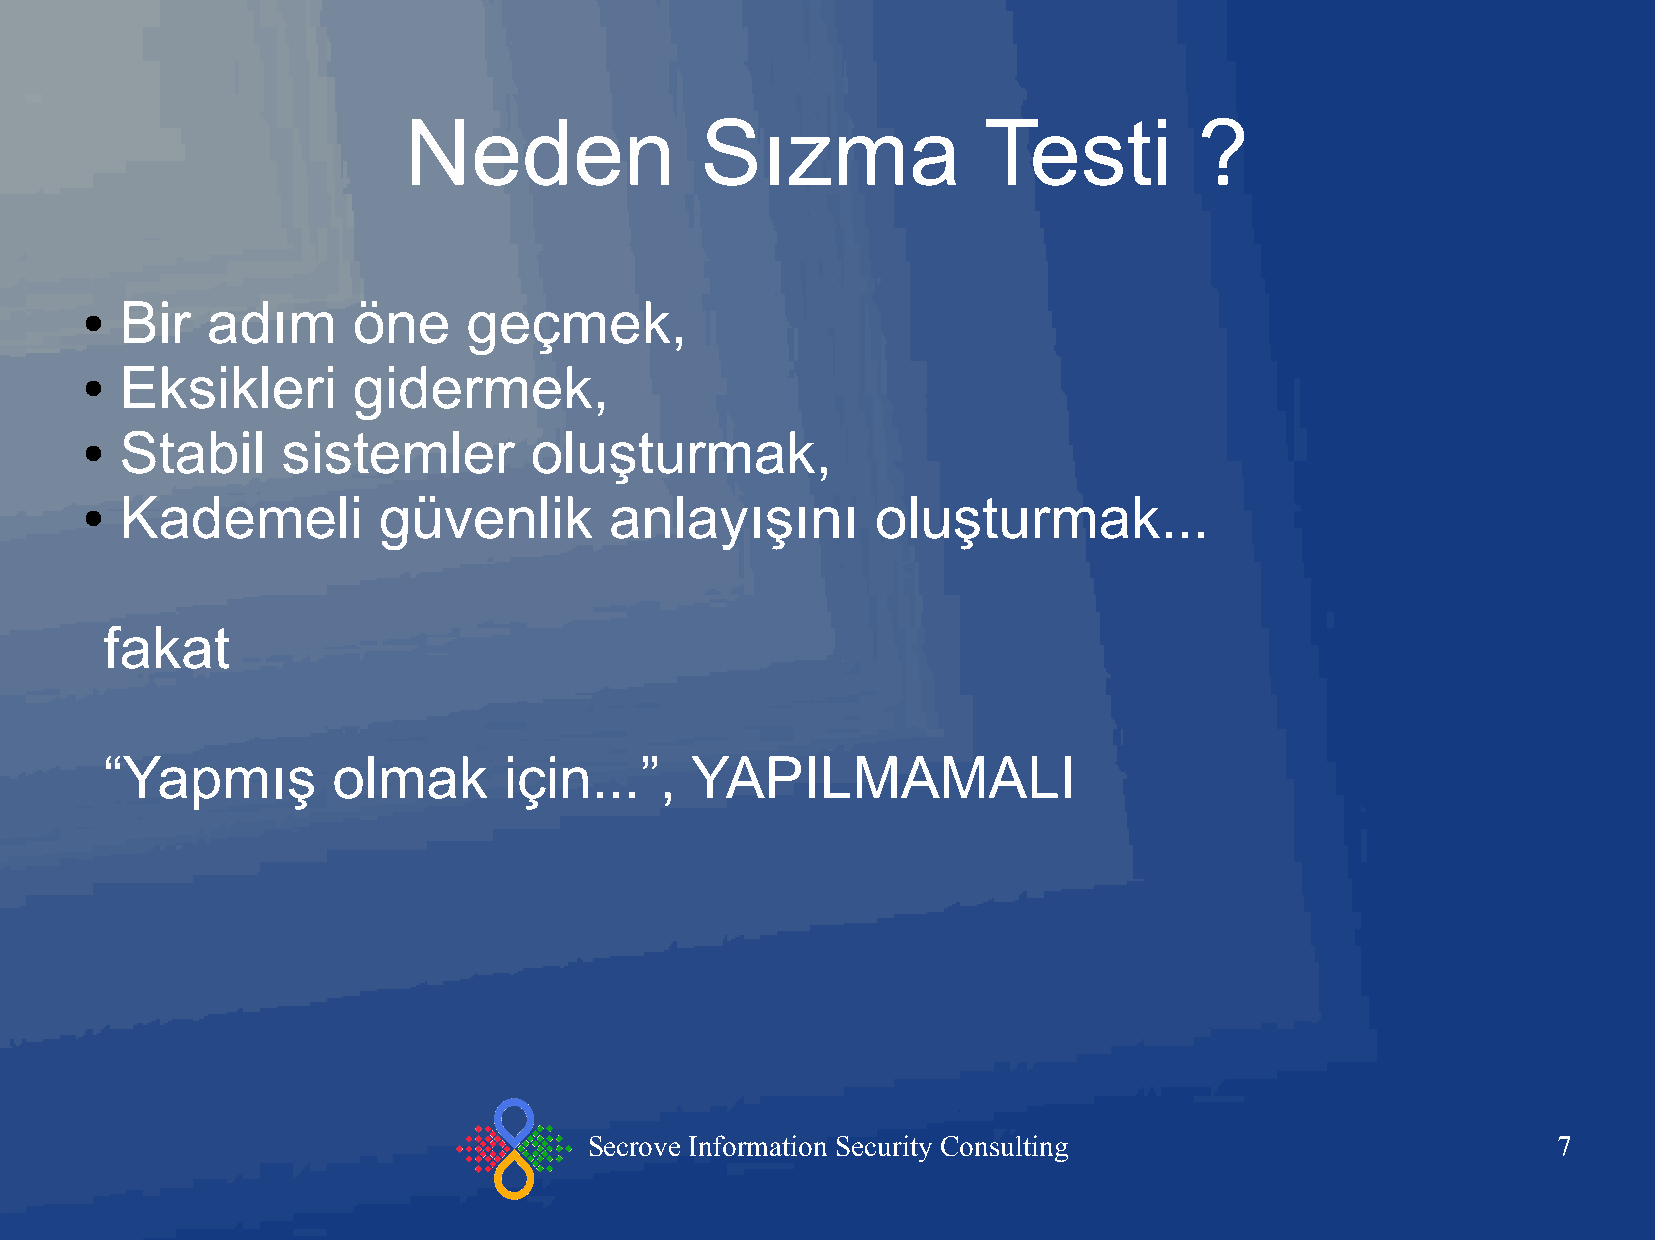
Neden              Sızma              Testi         ?
 Bir   adım     öne     geçmek,
 ●
 Eksikleri      gidermek,
 ●
 Stabil     sistemler       oluşturmak,
 ●
 Kademeli         güvenlik       anlayışını        oluşturmak...
 ●
 fakat
 “Yapmış        olmak      için...”,    YAPILMAMALI
 Secrove Information Security Consulting                         7